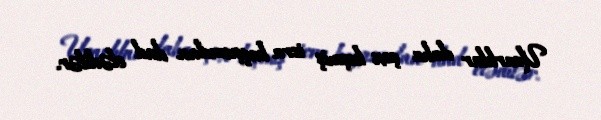
Ucarlılar daha çox keçmiş icra başçısından dad elədilər.